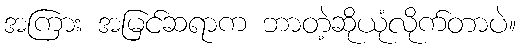
အကြား အမြင်ဆရာက ဘာတဲ့ဆိုယုံလိုက်တာပဲ။